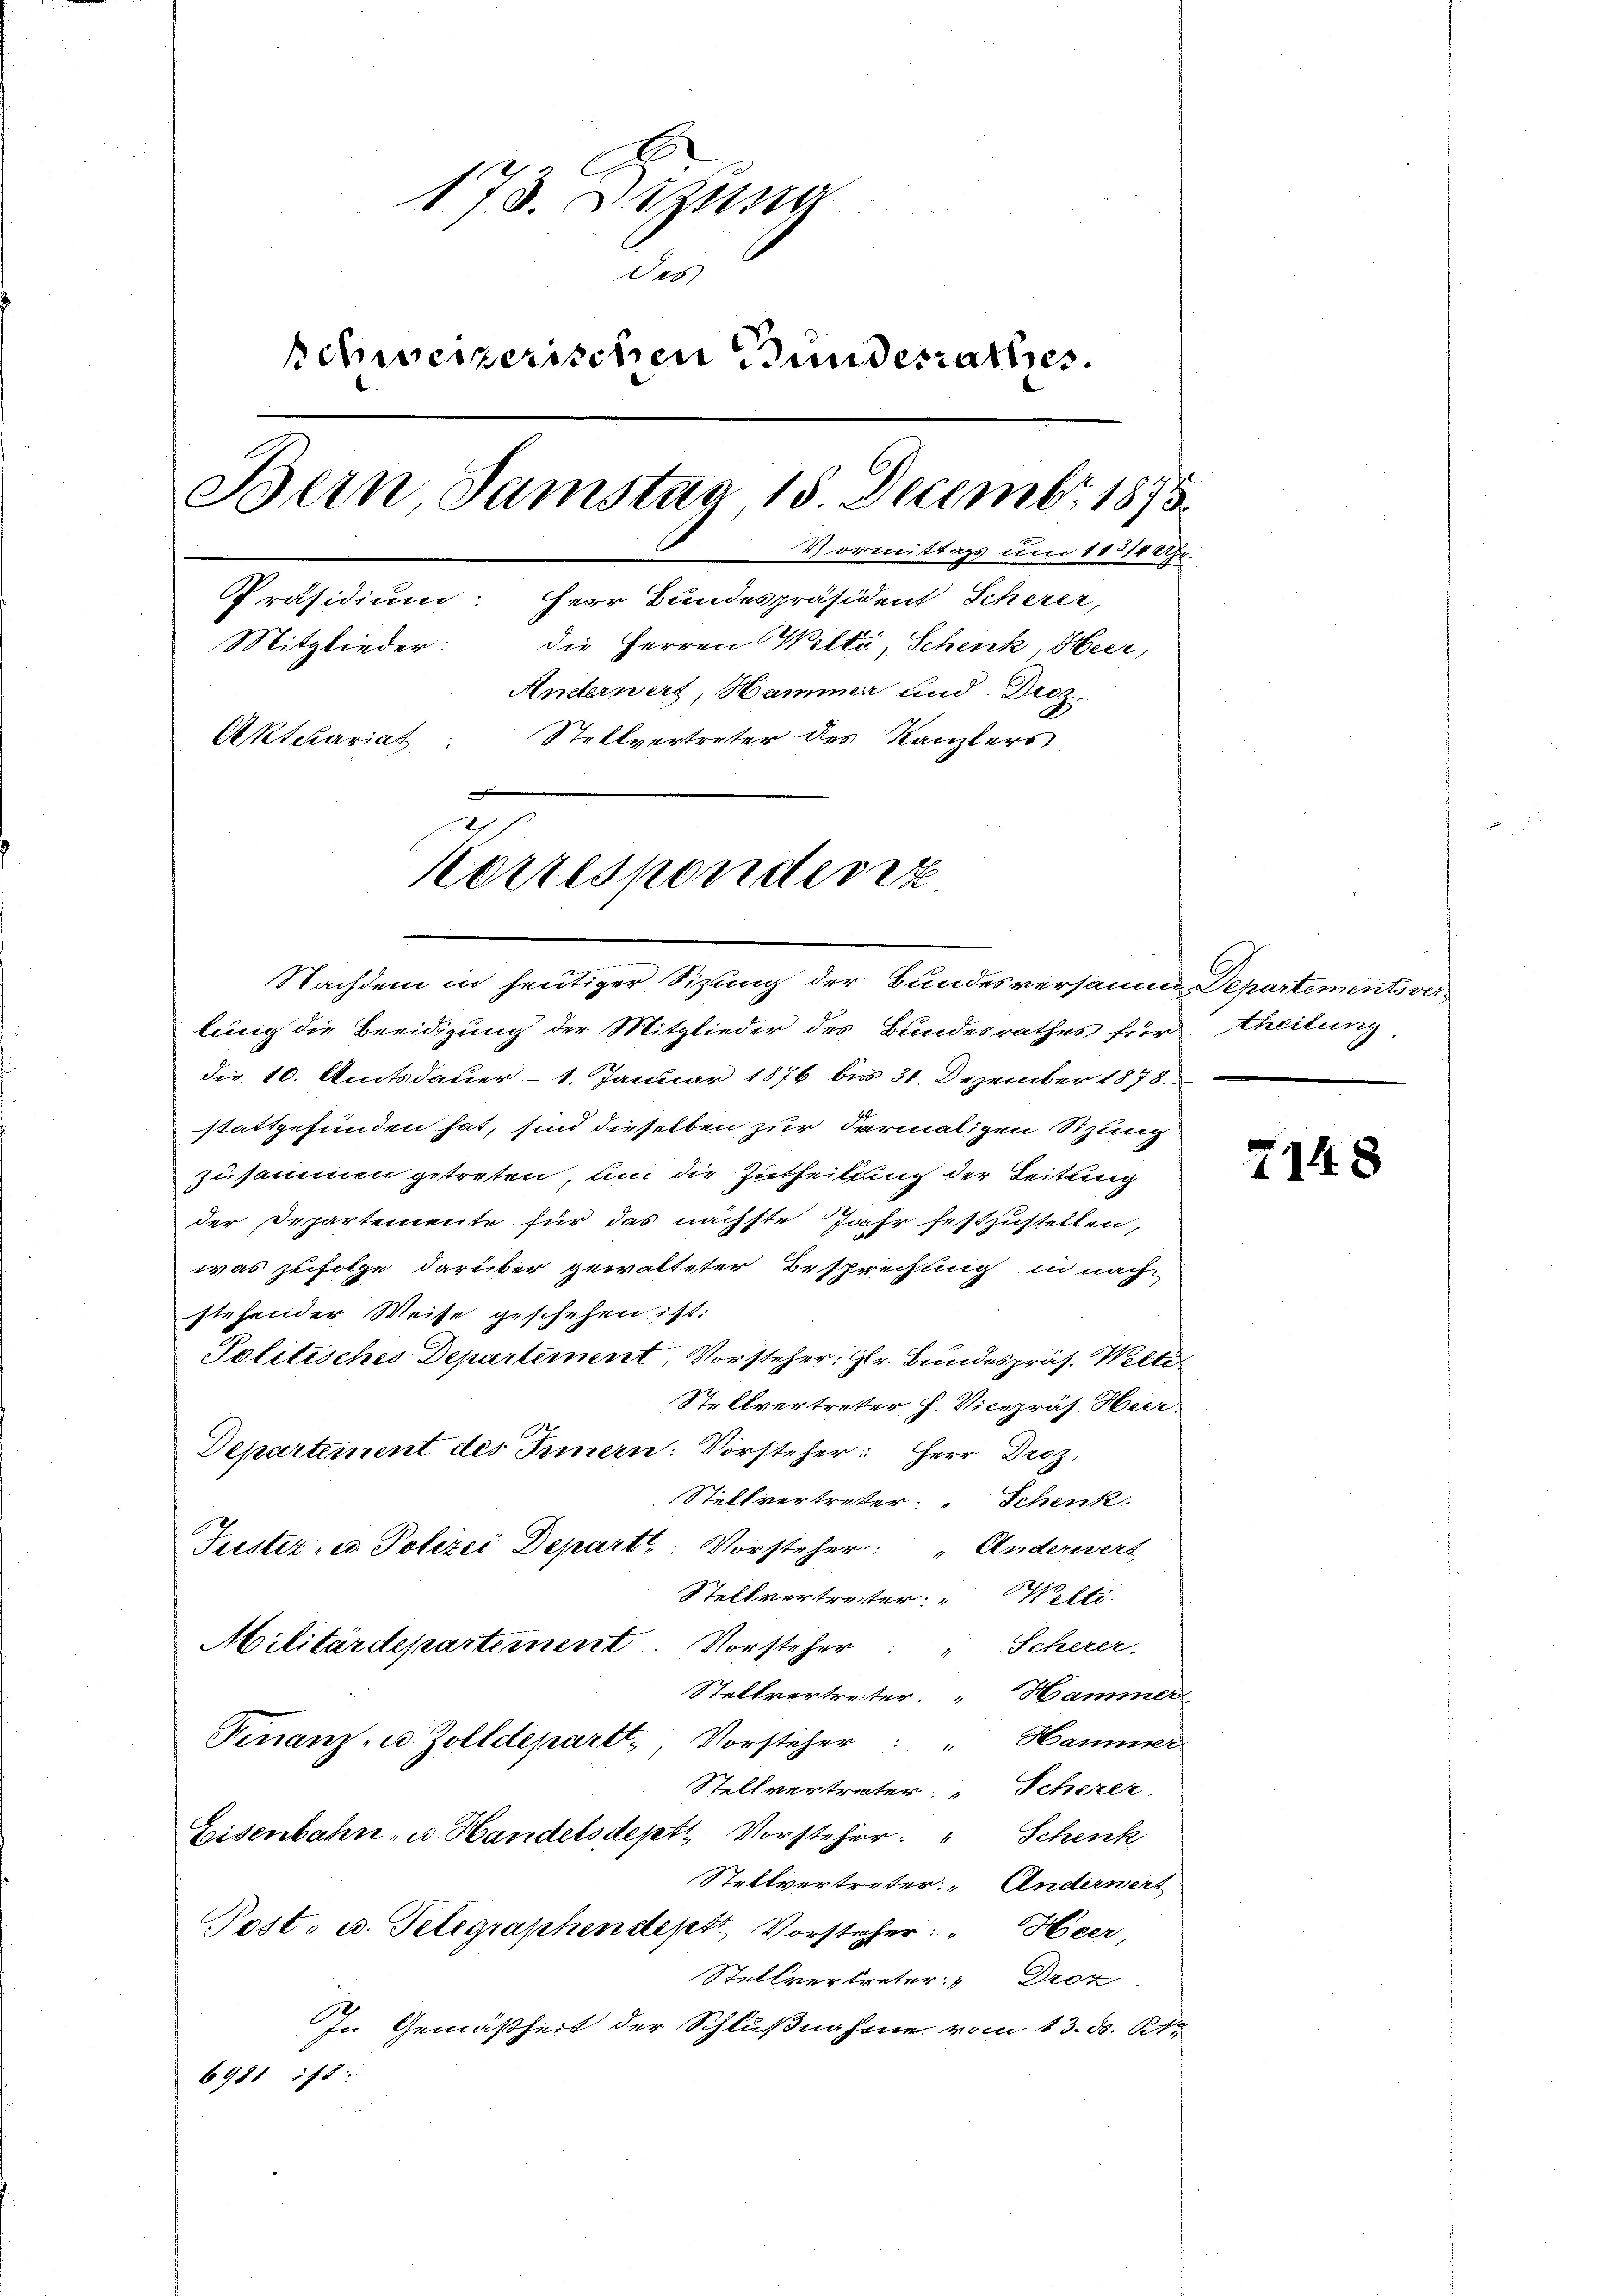
173. Dezung
des
schweizerischen Bundesrathes.
Bern Samstag 15. Decembr 1875.
Vormittags um 113/4 Uhr.
Präsidium: Herr Bundespräsident Scherer,
Mitglieder:
die Herren Welti, Schenk, Heer,
Anderwert, Hammer und Droz.
Stellvertreter des Kanzlers
Aktuariat
Korresponderiz

Nachdem in heutiger Sitzung der Bundesversamme Departements verlung die Beeidigung der Mitglieder des Bundesrathes für theilung
die 10. Amtsdauer- 1. Januar 1876 bis 31. Dezember 1878.
stattgefunden hat, sind dieselben zur Parmaligen Sitzung
zusammen getreten, um die Zutheilung der Leitung
der Departemente für das nächste Jahr festzustellen,
was zufolge darüber gewalteter Besprechung in nach
stehender Weise geschehen ist:
Politisches Departement, Vorsteher; Hr. Bundespräs. Welti¬
Stellvertretter h. Vicepräs. Heer
Departement des Innern: Vorsteher: Herr Droz.
Stellvertreter Schenk
Justiz- u. Polizei Departe Vorsteher: „Anderwert
Stellvertreter: " Welti.
Scherer,
Militärdepartement. Vorsteher
Stellvertreter: " Hammer
Finanz- u. Zolldepartt. Vorsteher
 Hammer
Stellvertreter: „Scherer
Eisenbahn, u. Handelsdeptt Vorsteher.
Schenk
Stellvertreter: Anderwert
Post, u. Telegraphendeptt Vorsteher: " Heer,
Stellvertreter: " Droz
In Gemäßheit der Schlußnahme vom 13. d. Kt.
6981 ist:

7148